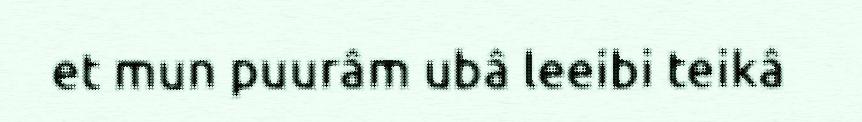
et mun puurâm ubâ leeibi teikâ